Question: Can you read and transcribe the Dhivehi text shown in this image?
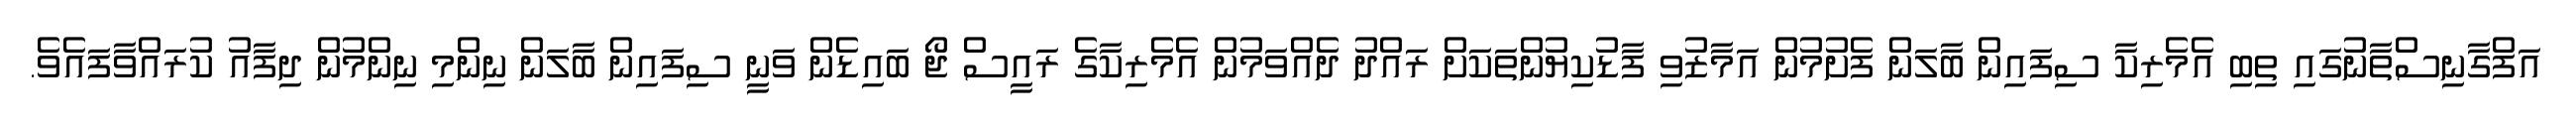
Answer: އަފްގާނިސްތާނުގައި ތިބި އެމެރިކާ ސިފައިން ބާލަން ފެށުމުން އަމާޒުވި ފާޑުކިޔުންތަކަށް ރައްދު ދެއްވަމުން އެމެރިކާގެ ރައީސް ޖޯ ބައިޑެން ވަނީ ސިފައިން ބާލަން ނިންމި ނިންމުން ދިފާއު ކުރައްވާފައެވެ.